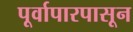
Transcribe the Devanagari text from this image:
पूर्वापारपासून